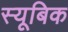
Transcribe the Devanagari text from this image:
स्यूबिक